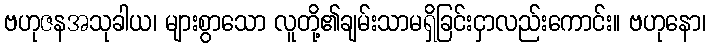
ဗဟုဇနအသုခါယ၊ များစွာသော လူတို့၏ချမ်းသာမရှိခြင်းငှာလည်းကောင်း။ ဗဟုနော၊